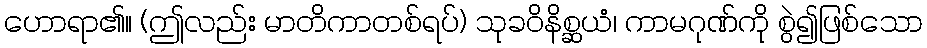
ဟောရာ၏။ (ဤလည်း မာတိကာတစ်ရပ်) သုခဝိနိစ္ဆယံ၊ ကာမဂုဏ်ကို စွဲ၍ဖြစ်သော